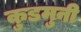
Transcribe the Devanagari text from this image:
कुडमुनी